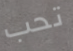
تحب